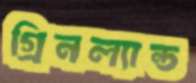
গ্রিনল্যান্ড